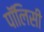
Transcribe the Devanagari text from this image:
पाॅलिसी